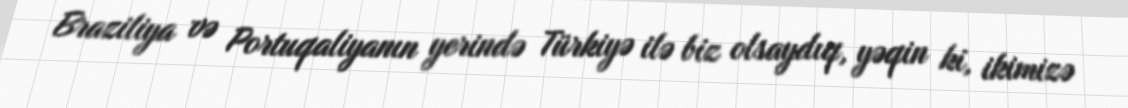
Braziliya və Portuqaliyanın yerində Türkiyə ilə biz olsaydıq, yəqin ki, ikimizə